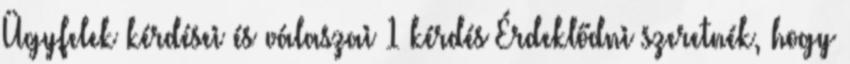
Ügyfelek kérdései és válaszai 1 kérdés Érdeklődni szeretnék, hogy